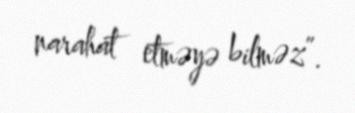
narahat etməyə bilməz”.